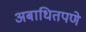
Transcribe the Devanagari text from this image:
अबाधितपणे